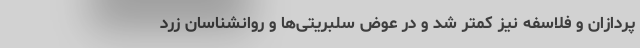
پردازان و فلاسفه نیز کمتر شد و در عوض سلبریتی‌ها و روانشناسان زرد